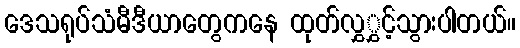
ဒေသရုပ်သံမီဒီယာတွေကနေ ထုတ်လွှွှင့်သွားပါတယ်။